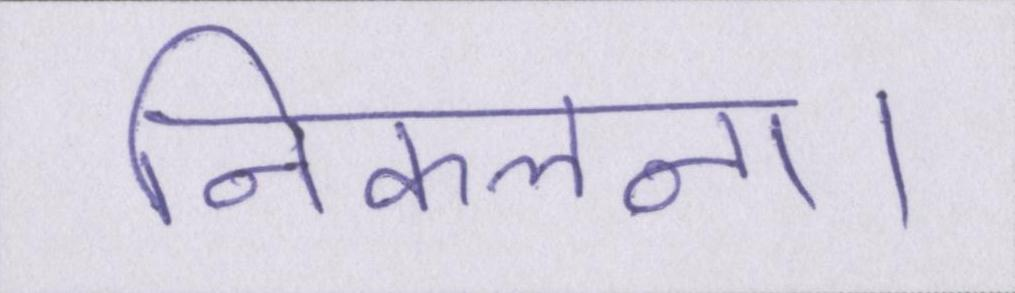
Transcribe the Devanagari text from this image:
निकलना।